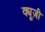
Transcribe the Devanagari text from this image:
क्यूज़ी